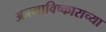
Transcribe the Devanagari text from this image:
आत्माविष्काराच्या